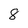
Character: 8